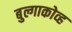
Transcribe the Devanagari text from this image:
बुल्गाकोव्ह